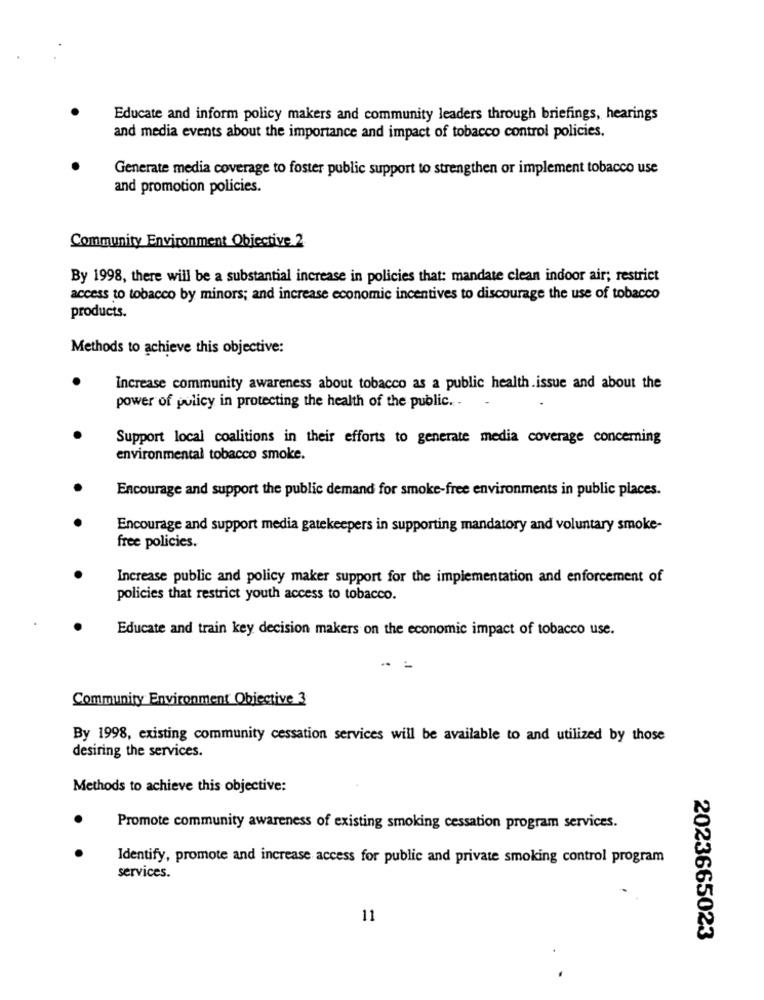
Educate and inform policy makers and community leaders through briefings, hearings
and media events about the importance and impact of tobacco control policies.
Generate media coverage to foster public support to strengthen or implement tobacco use
and promotion policies.
Community Environment Objective 2
By 1998, there will be a substantial increase in policies that: mandate clean indoor air; restrict
access to tobacco by minors; and increase economic incentives to discourage the use of tobacco
products.
Methods to achieve this objective:
Increase community awareness about tobacco as a public health.issue and about the
power of policy in protecting the health of the public ..
Support local coalitions in their efforts to generate media coverage concerning
environmental tobacco smoke.
Encourage and support the public demand for smoke-free environments in public places.
Encourage and support media gatekeepers in supporting mandatory and voluntary smoke-
free policies.
Increase public and policy maker support for the implementation and enforcement of
policies that restrict youth access to tobacco.
Educate and train key decision makers on the economic impact of tobacco use.
Community Environment Objective 3
By 1998, existing community cessation services will be available to and utilized by those
desiring the services.
Methods to achieve this objective:
Promote community awareness of existing smoking cessation program services.
Identify, promote and increase access for public and private smoking control program
services.
11
2023665023